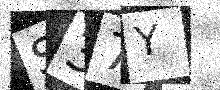
Text: S37Y